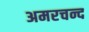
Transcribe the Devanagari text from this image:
अमरचन्द